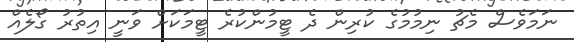
ނަމަވެސް މެޗު ނިމުމުގެ ކުރިން ދެ ޓީމުންކުރެ ޓީމަކަށް ވަނީ އިތުރު ގޯލެއް